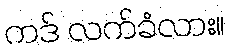
ကဒ် လက်ခံလား။